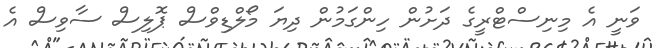
ވަނީ އެ މިނިސްޓްރީގެ ދަށުން ހިންގަމުން ދިޔަ މޯލްޑިވްސް ޕޮލިސް ސާވިސް އެ